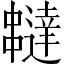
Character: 𠁺